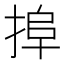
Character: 𢮒